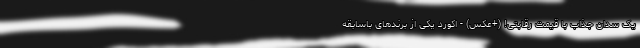
یک سدان جذاب با قیمت رقابتی! (+عکس) - اکورد یکی از برندهای باسابقه